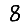
Digit: 8